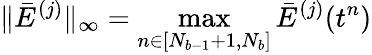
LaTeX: \| \bar{E}^{(j)}\| _{\infty}=\operatorname*{max}_{n\in[N_{b-1}+1,N_{b}]}\bar{E}^{(j)}(t^{n})